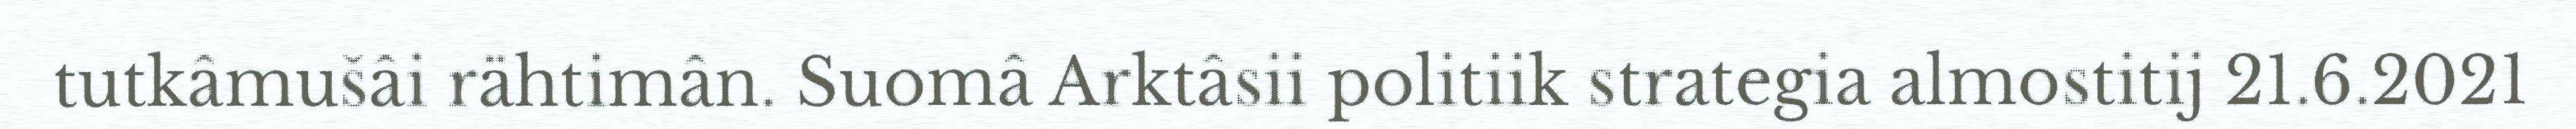
tutkâmušâi rähtimân. Suomâ Arktâsii politiik strategia almostitij 21.6.2021